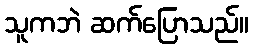
သူကဘဲ ဆက်ပြောသည်။